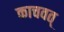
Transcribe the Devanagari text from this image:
काचवत्